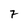
Character: 7